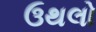
ઉથલો